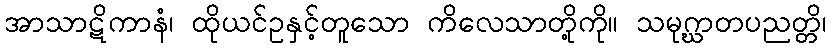
အာသာဋိကာနံ၊ ထိုယင်ဥနှင့်တူသော ကိလေသာတို့ကို။ သမုဂ္ဃာတပညတ္တိ၊